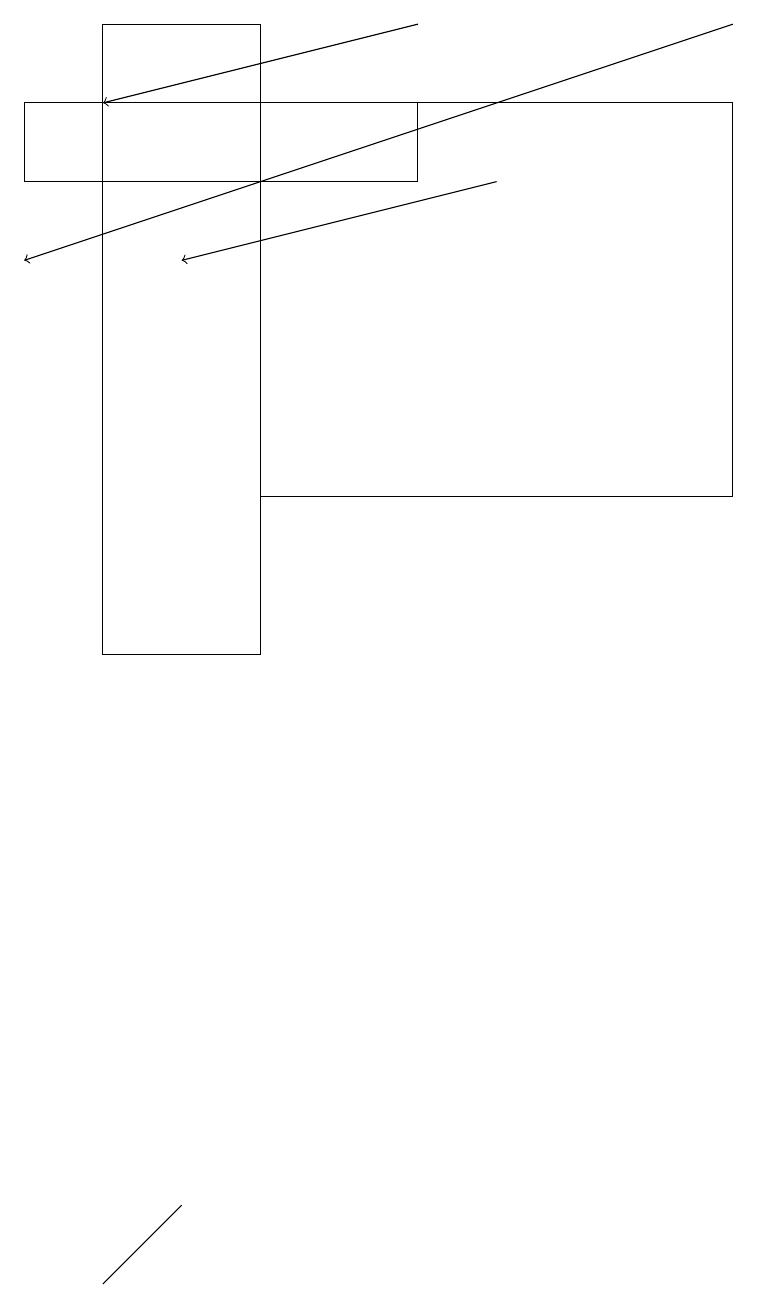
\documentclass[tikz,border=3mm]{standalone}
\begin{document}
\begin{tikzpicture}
\draw[->] (9,19) -- (0,16);
\draw (3,18) rectangle (9,13);
\draw (1,3) -- (2,4) -- (1,3) -- cycle;
\draw (5,17) rectangle (0,18);
\draw[->] (5,19) -- (1,18);
\draw (3,11) rectangle (1,19);
\draw[->] (6,17) -- (2,16);
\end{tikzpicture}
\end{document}